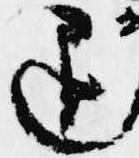
退